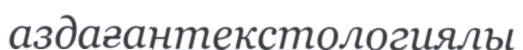
аздағантекстологиялы